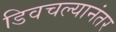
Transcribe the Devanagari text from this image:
डिवचल्यानंतर